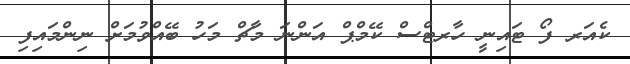
ކެއަރ ފޯ ޓައިނީ ހާރޓްސް ކޭމްޕް އަންނަ މާޗް މަހު ބޭއްވުމަށް ނިންމައިފި